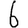
Digit: 6